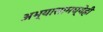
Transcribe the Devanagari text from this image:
अभ्यासामध्येही